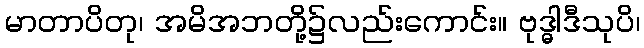
မာတာပိတု၊ အမိအဘတို့၌လည်းကောင်း။ ဗုဒ္ဓါဒီသုပိ၊